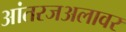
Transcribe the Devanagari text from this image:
आंतरजअलावर